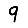
Digit: 9